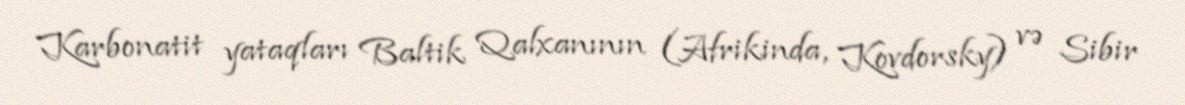
Karbonatit yataqları Baltik Qalxanının (Afrikinda, Kovdorsky) və Sibir